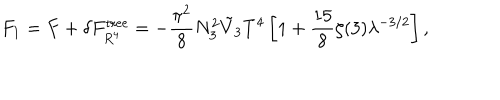
F _ { 1 } = F + \delta F _ { R ^ { 4 } } ^ { \mathrm { t r e e } } = - \frac { \pi ^ { 2 } } { 8 } N _ { 3 } ^ { 2 } \tilde { V } _ { 3 } T ^ { 4 } \left[ 1 + \frac { 1 5 } { 8 } \zeta ( 3 ) \lambda ^ { - 3 / 2 } \right] ,